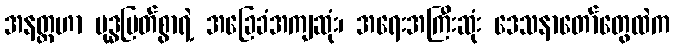
အနတ္တဟာ ဗုဒ္ဓမြတ်စွာရဲ့ အခြေခံအကျဆုံး၊ အရေးအကြီးဆုံး ဒေသနာတော်တွေထဲက